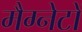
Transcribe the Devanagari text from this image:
मैग्नेटों